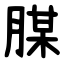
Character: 腜